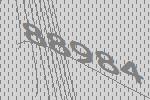
88984